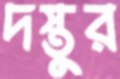
দস্তুর